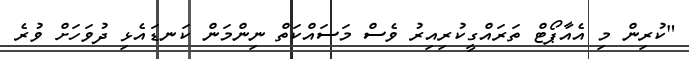
"ކުރިން މި އެއާޕޯޓް ތަރައްގީކުރިިއިރު ވެސް މަސައްކަތް ނިންމަން ކަނޑައެޅި ދުވަހަށް ވުރެ